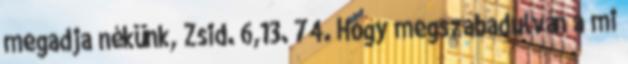
megadja nékünk, Zsid. 6,13. 74. Hogy megszabadulván a mi